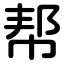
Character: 帮